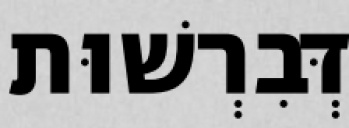
דְּבִרְשׁוּת